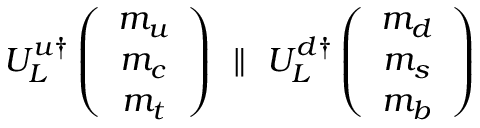
U _ { L } ^ { u \dagger } \left( \begin{array} { c } { { m _ { u } } } \\ { { m _ { c } } } \\ { { m _ { t } } } \end{array} \right) \ \parallel \ U _ { L } ^ { d \dagger } \left( \begin{array} { c } { { m _ { d } } } \\ { { m _ { s } } } \\ { { m _ { b } } } \end{array} \right)